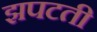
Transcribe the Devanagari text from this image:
झपटती